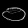
Digit: ၀